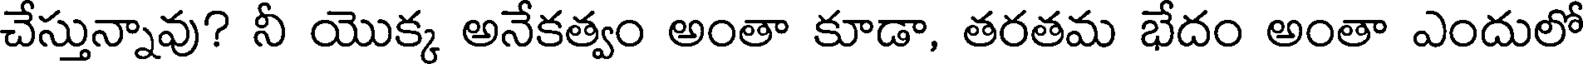
చేస్తున్నావు? నీ యొక్క అనేకత్వం అంతా కూడా, తరతమ భేదం అంతా ఎందులో